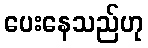
ပေးနေသည်ဟု